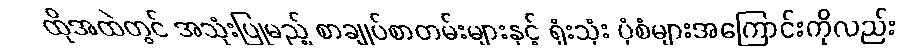
ထိုအထဲတွင် အသုံးပြုမည့် စာချုပ်စာတမ်းများနှင့် ရုံးသုံး ပုံစံများအကြောင်းကိုလည်း